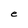
Character: e